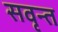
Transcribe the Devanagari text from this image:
सवृन्त